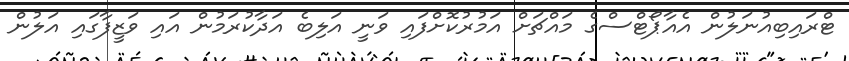
ޓްރައިބިއުނަލުން އެއާޕޯޓްސްގެ މައްޗަށް އަމުރުކޮށްފައި ވަނީ އަލިބެ އަދާކުރަމުން އައި ވަޒީފާގައި އަލުން